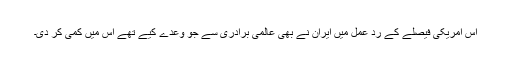
اس امریکی فیصلے کے رد عمل میں ایران نے بھی عالمی برادری سے جو وعدے کیے تھے اس میں کمی کر دی۔